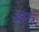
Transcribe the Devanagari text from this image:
अन्नतंत्र